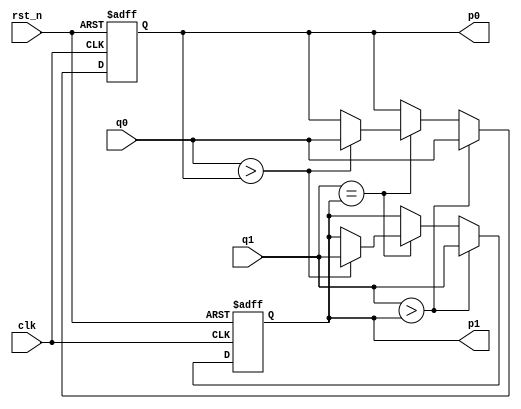
module record(rst_n, clk, q1, q0, p1, p0);
    input rst_n;
	input clk;
	input [3:0] q1;
	input [3:0] q0;
	output reg [3:0]p1;
	output reg [3:0]p0;

    reg [3: 0]p_temp1;
    reg [3: 0]p_temp0;
    
always@*
begin
if(q1 > p1)
begin
    p_temp1 = q1;
    p_temp0 = q0;
end
else if(q1 == p1)
begin
if(q0 > p0)
    begin
        p_temp1 = q1;
        p_temp0 = q0;
    end
else
    begin
        p_temp1 = p1;
        p_temp0 = p0;
    end  
end
else    
begin
    p_temp1 = p1;
    p_temp0 = p0;
end
end   
    
always @ (posedge clk or negedge rst_n)
    if (~rst_n)
    begin
        p0 <= 4'b0000;
        p1 <= 4'b0000;
    end
    else
    begin
        p0 <= p_temp0;
        p1 <= p_temp1;
    end
endmodule